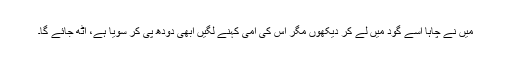
میں نے چاہا اسے گود میں لے کر دیکھوں مگر اس کی امی کہنے لگیں ابھی دودھ پی کر سویا ہے، اٹھ جائے گا۔